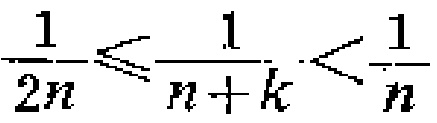
\frac{1}{2n}\leqslant\frac{1}{n + k}<\frac{1}{n}